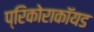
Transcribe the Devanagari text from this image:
प्रिकोराकॉयड